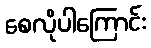
စေလိုပါကြောင်း